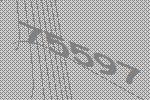
75597